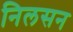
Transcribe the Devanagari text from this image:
निलसन